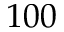
1 0 0